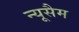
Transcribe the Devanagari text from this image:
न्यूसैम